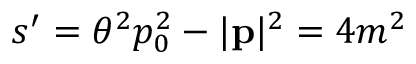
s ^ { \prime } = \theta ^ { 2 } p _ { 0 } ^ { 2 } - | \mathbf { p } | ^ { 2 } = 4 m ^ { 2 }